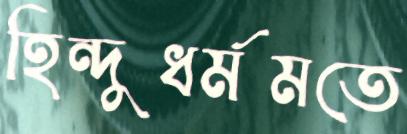
হিন্দুধর্মমতে